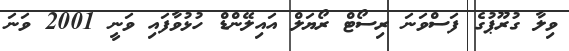
ވިލާ ގުރޫޕުގެ ފަސްވަނަ ރިސޯޓް ރޯޔަލް އައިލޭންޑް ހުޅުވާފައި ވަނީ 2001 ވަނަ